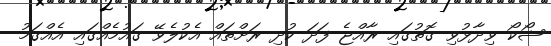
ޝޯކޯ ވިދާޅުވި ގޮތުގައި ރާއްޖެ ފަދަ ކުދި ރަށްތައް އެކުލެވޭ ގައުމެއްގައި އެއްގަމު